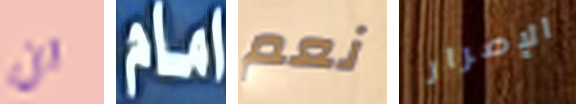
ان امام نعم الإصرار